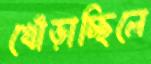
খোঁড়াচ্ছিলে